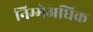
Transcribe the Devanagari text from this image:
निम्मेअधिक